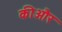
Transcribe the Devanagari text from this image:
कीऔर